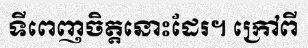
ទីពេញចិត្តនោះដែរ។ ក្រៅពី